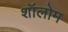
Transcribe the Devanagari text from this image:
शॉलोम